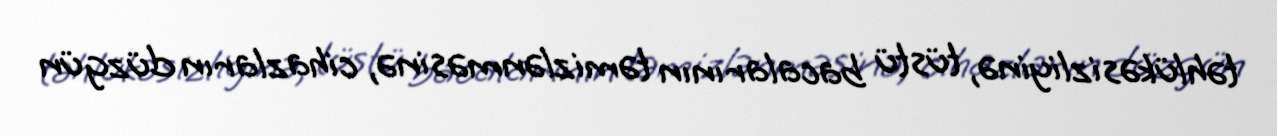
təhlükəsizliyinə, tüstü bacalarının təmizlənməsinə, cihazların düzgün